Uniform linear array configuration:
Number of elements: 12
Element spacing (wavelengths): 1
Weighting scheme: exponential
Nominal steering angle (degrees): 0
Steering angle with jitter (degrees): -1.902
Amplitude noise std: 0.05
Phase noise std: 0.05

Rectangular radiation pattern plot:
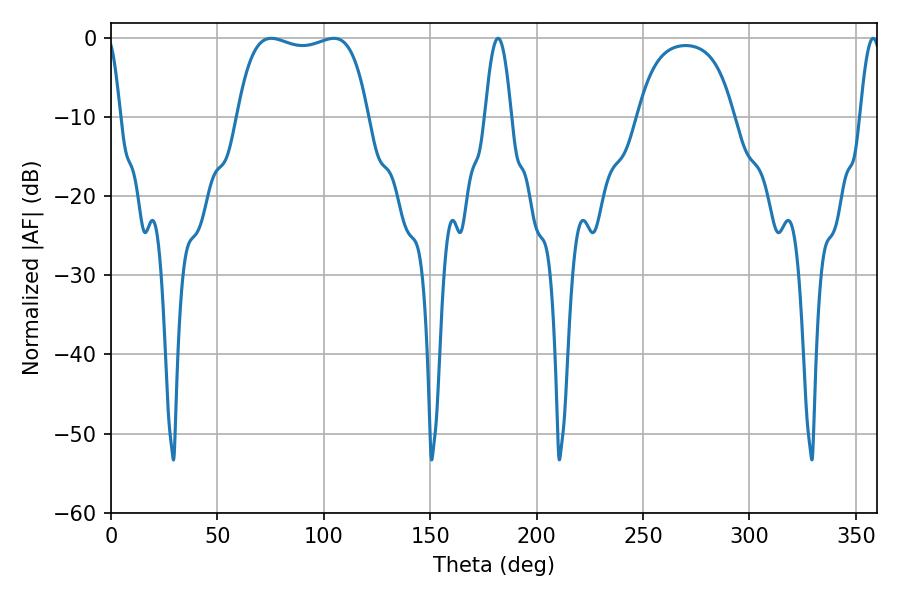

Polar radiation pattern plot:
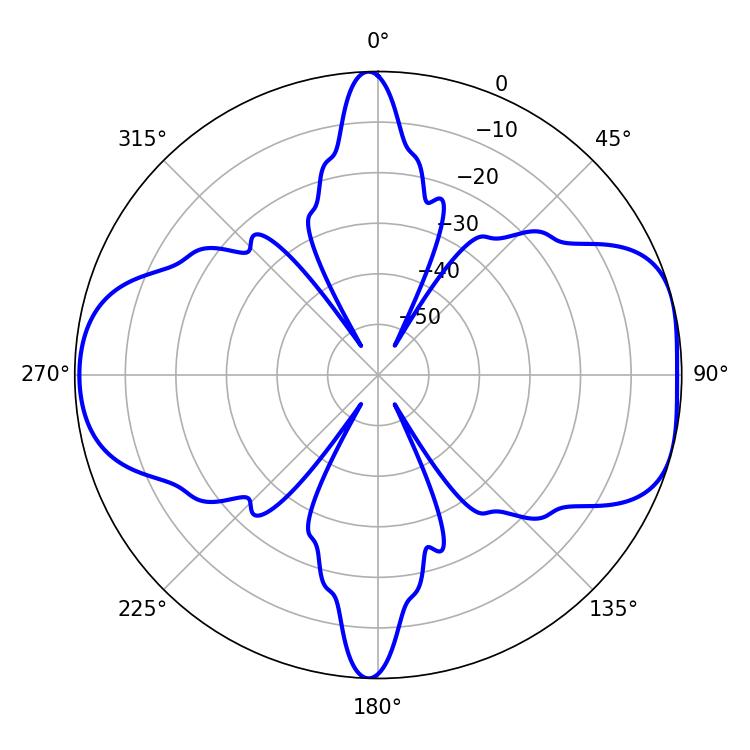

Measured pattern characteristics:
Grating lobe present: TRUE
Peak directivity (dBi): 7.556
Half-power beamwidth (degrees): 49.32
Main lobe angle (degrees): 75.24